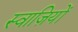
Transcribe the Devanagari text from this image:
स्वाज़ियों